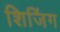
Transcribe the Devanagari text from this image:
शिजिंग